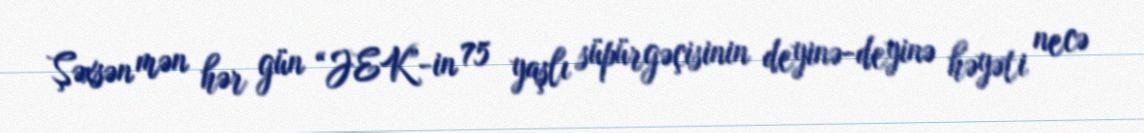
Şəxsən mən hər gün “JEK”-in 75 yaşlı süpürgəçisinin deyinə-deyinə həyəti necə